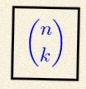
\binom{n}{k}